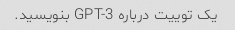
یک توییت درباره GPT-3 بنویسید.